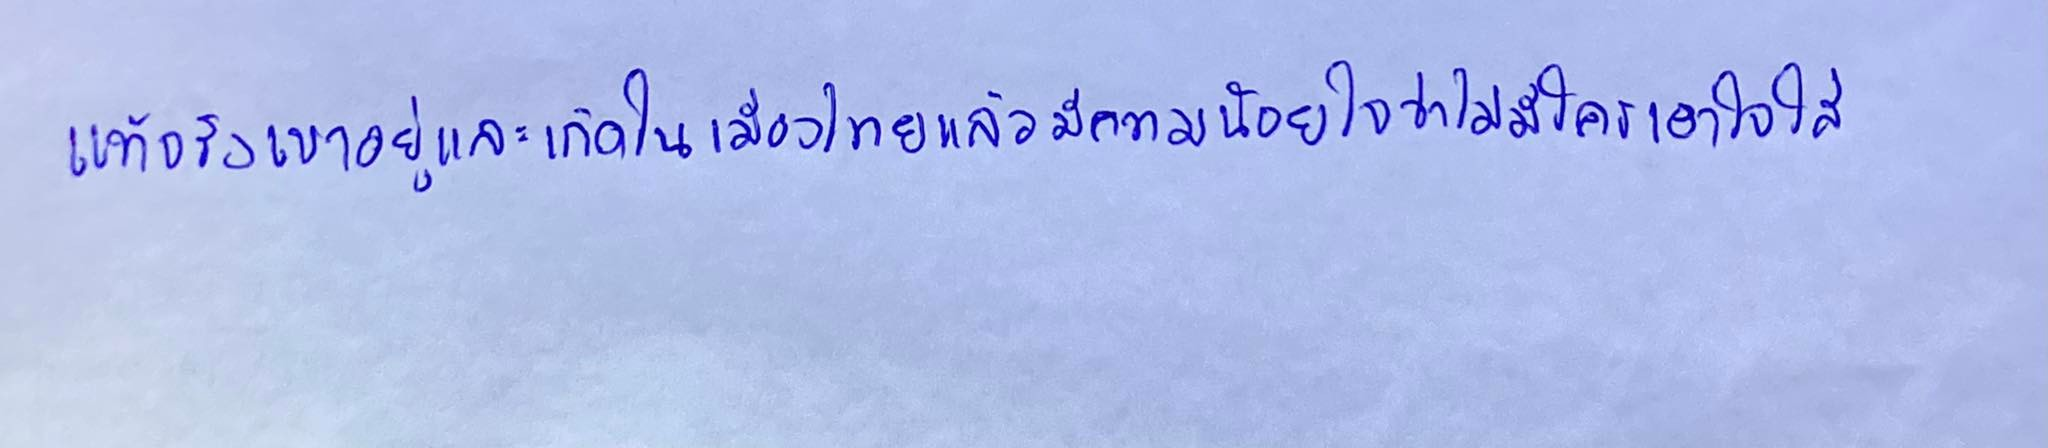
แท้จริงเขาอยู่และเกิดในเมืองไทยแล้วมีความน้อยใจว่าไม่มีใครเอาใจใส่